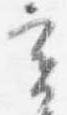
実